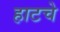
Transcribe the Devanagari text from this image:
हाटचे